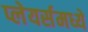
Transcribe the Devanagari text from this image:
प्लेयर्समध्ये